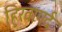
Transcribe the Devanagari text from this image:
हिरवागर्द